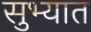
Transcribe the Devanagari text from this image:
सुभ्यात